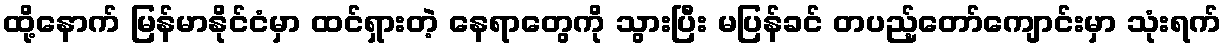
ထို့နောက် မြန်မာနိုင်ငံမှာ ထင်ရှားတဲ့ နေရာတွေကို သွားပြီး မပြန်ခင် တပည့်တော်ကျောင်းမှာ သုံးရက်